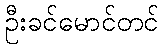
ဦးခင်မောင်တင်